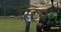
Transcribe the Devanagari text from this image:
स्ट्रिमों